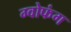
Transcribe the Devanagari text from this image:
ग्वोफंग